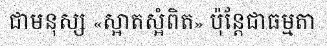
ជាមនុស្ស «ស្អាតស្អំពិត» ប៉ុន្តែជាធម្មតា